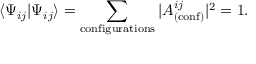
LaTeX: \langle \Psi _ { i j } | \Psi _ { i j } \rangle = \sum _ { \mathrm { c o n f i g u r a t i o n s } } | A _ { ( \mathrm { c o n f } ) } ^ { i j } | ^ { 2 } = 1 .